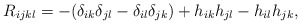
\begin{align*}R_{ijkl}=-(\delta_{ik}\delta_{jl}-\delta_{il}\delta_{jk})+h_{ik}h_{jl}-h_{il}h_{jk}, \end{align*}